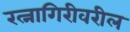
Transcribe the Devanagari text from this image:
रत्नागिरीवरील